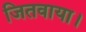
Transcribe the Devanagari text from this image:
जितवाया।